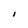
Character: I